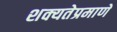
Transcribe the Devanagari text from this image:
शक्यतेप्रमाणे